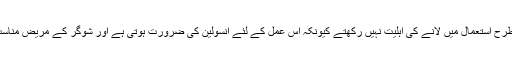
شوگر کے مریض کاربو ہائیڈریٹس کو اس طرح استعمال میں لانے کی اہلیت نہیں رکھتے کیونکہ اس عمل کے لئے انسولین کی ضرورت ہوتی ہے اور شوگر کے مریض مناسب مقدار میں انسولین پیدا نہیں کررہے ہوتے۔